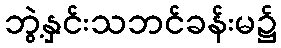
ဘွဲ့နှင်းသဘင်ခန်းမ၌